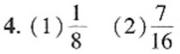
4. (1)$\frac{1}{8}$ (2)$\frac{7}{16}$